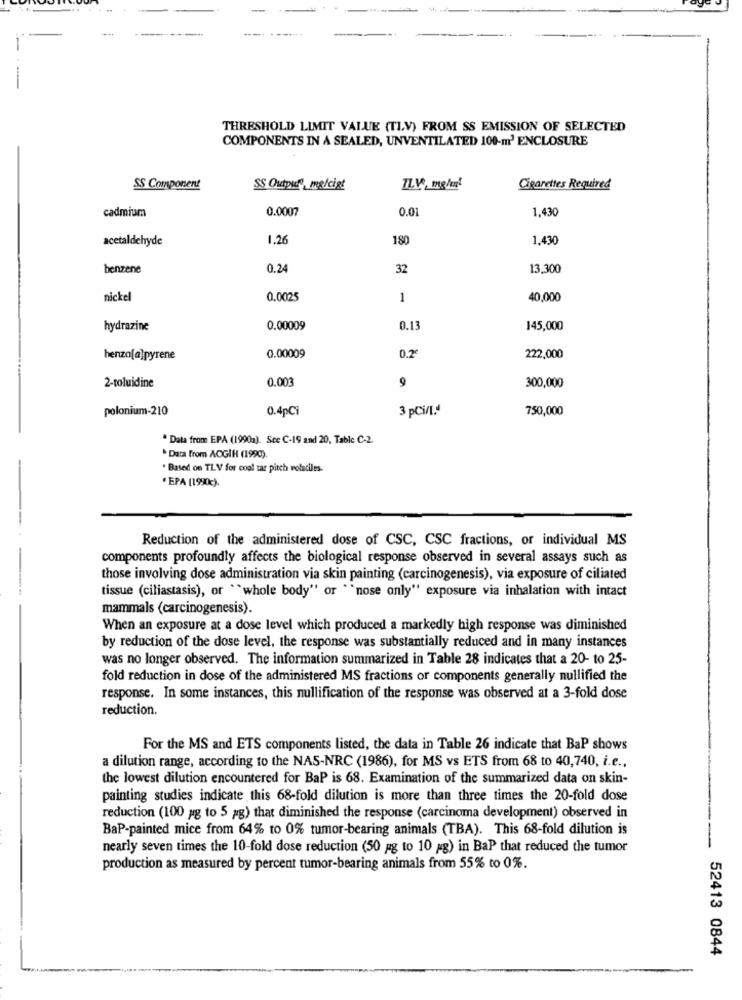
THRESHOLD LIMIT VALUE (TLV) FROM SS EMISSION OF SELECTED
COMPONENTS IN A SEALED, UNVENTILATED 100-m' ENCLOSURE
SS Component
SS Outpude mg/cigt
Cigarettes Required
cadmium
0.0007
0.01
1.430
acetaldehyde
1.2
180
1,430
benzene
0.24
32
13,300
nickel
0.0025
1
40,000
hydrazine
0.00009
0.13
145,000
0.00009
benzo[a]pyrene
0.2
222,000
2-toluidine
0.003
9
300,000
polonium-210
0.4pCi
3 pCi/1.
750,000
* Data from EPA (1990a). See C-19 and 20, Table C-2.
Data from AOGIH (1990).
. Based on TLV for coal tar pitch volatiles-
* EPA (199).
Reduction of the administered dose of CSC, CSC fractions, or individual MS
components profoundly affects the biological response observed in several assays such as
those involving dose administration via skin painting (carcinogenesis), via exposure of ciliated
tissue (ciliastasis), or "whole body" or "nose only" exposure via inhalation with intact
mammals (carcinogenesis).
When an exposure at a dose level which produced a markedly high response was diminished
by reduction of the dose level, the response was substantially reduced and in many instances
was no longer observed. The information summarized in Table 28 indicates that a 20- to 25-
fold reduction in dose of the administered MS fractions or components generally nullified the
response. In some instances, this nullification of the response was observed at a 3-fold dose
reduction.
For the MS and ETS components listed, the data in Table 26 indicate that BaP shows
a dilution range, according to the NAS-NRC (1986), for MS vs ETS from 68 to 40,740, i.e .,
the lowest dilution encountered for BaP is 68. Examination of the summarized data on skin-
painting studies indicate this 68-fold dilution is more than three times the 20-fold dose
reduction (100 ag to 5 pg) that diminished the response (carcinoma development) observed in
BaP-painted mice from 64% to 0% tumor-bearing animals (TBA). This 68-fold dilution is
nearly seven times the 10-fold dose reduction (50 ag to 10 ag) in BaP that reduced the tumor
-
production as measured by percent tumor-bearing animals from 55% to 0%.
52413 0844